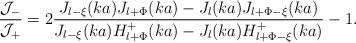
\begin{align*}\displaystyle\frac{{\cal J}_-}{{\cal J}_+} = 2 \displaystyle\frac{J_{l - \xi}(ka)J_{l + \Phi} (ka) - J_l(ka) J_{l + \Phi - \xi} (ka)}{J_{l - \xi}(ka) H^+_{l + \Phi} (ka) - J_l (ka) H^+_{l + \Phi - \xi} (ka)} -1.\end{align*}